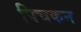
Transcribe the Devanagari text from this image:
पिचकन